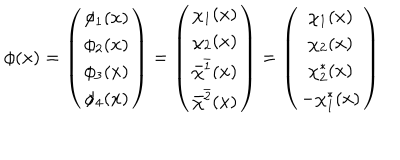
LaTeX: \phi ( x ) = \left( \begin{matrix} { { \phi _ { 1 } ( x ) } } \\ { { \phi _ { 2 } ( x ) } } \\ { { \phi _ { 3 } ( x ) } } \\ { { \phi _ { 4 } ( x ) } } \\ \end{matrix} \right) = \left( \begin{matrix} { { \chi _ { 1 } ( x ) } } \\ { { \chi _ { 2 } ( x ) } } \\ { { \bar { \chi } ^ { \bar { 1 } } ( x ) } } \\ { { \bar { \chi } ^ { \bar { 2 } } ( x ) } } \\ \end{matrix} \right) = \left( \begin{matrix} { { \chi _ { 1 } ( x ) } } \\ { { \chi _ { 2 } ( x ) } } \\ { { \chi _ { 2 } ^ { * } ( x ) } } \\ { { - \chi _ { 1 } ^ { * } ( x ) } } \\ \end{matrix} \right)